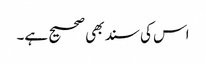
اس کی سند بھی صحیح ہے۔